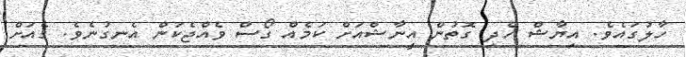
ހާލުގައެވެ. އިޔާޝް ހެދި ގޮތުން އީނާޝްއަށް ކަމެއް ގޯސް ވެއްޖެކަންް އެނގުނެވެ. ގެއަށް